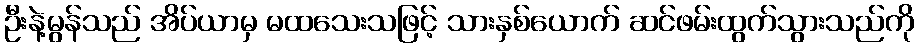
ဦးနဲ့မွန်သည် အိပ်ယာမှ မထသေးသဖြင့် သားနှစ်ယောက် ဆင်ဖမ်းထွက်သွားသည်ကို